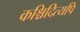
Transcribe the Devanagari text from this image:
कश्चिदित्यपि